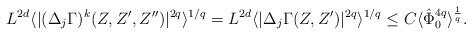
LaTeX: \begin{align*}L^{2d} \langle | (\Delta_j \Gamma)^k(Z,Z',Z'')|^{2q} \rangle^{1/q} = L^{2d} \langle | \Delta_j \Gamma(Z,Z')|^{2q} \rangle^{1/q} \leq C \langle \hat \Phi_0^{4q} \rangle^{\frac{1}{q}}. \end{align*}